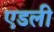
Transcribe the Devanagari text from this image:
एडली